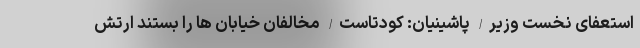
استعفای نخست وزیر/ پاشینیان: کودتاست/ مخالفان خیابان ها را بستند ارتش